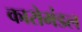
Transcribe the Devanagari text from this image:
कारोमंडल